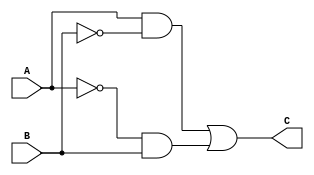
module xor_2(A, B, C);

	input A, B;
	output C;
	
	assign C = A&(~B) | (~A)&B;
	
endmodule